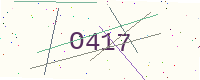
Text: O417